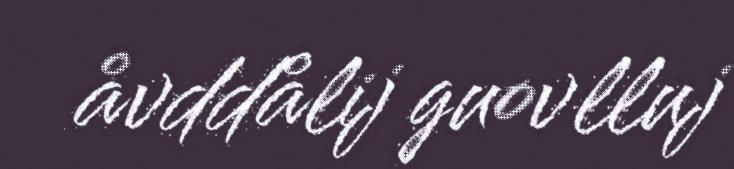
åvddålij guovlluj